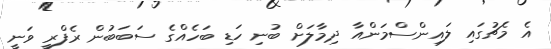
އެ މެޗުގައި ލައިންސްމަންއާ ދިމާލަށް ބުނި ހަޑި ބަހެއްގެ ސަބަބުން ރެފްރީ ވަނީ